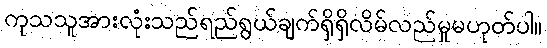
ကုသသူအားလုံးသည်ရည်ရွယ်ချက်ရှိရှိလိမ်လည်မှုမဟုတ်ပါ။